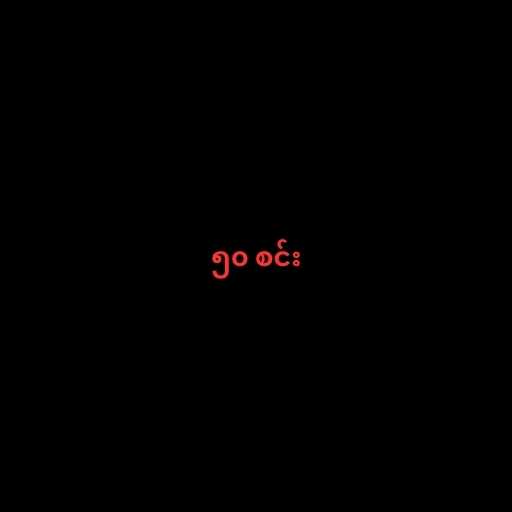
၅၀ စင်း